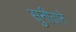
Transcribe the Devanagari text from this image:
सुनीताने